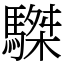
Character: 䮪